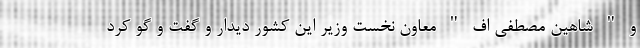
و " شاهین مصطفی اف " معاون نخست وزیر این کشور دیدار و گفت و گو کرد